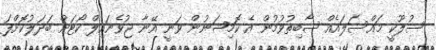
ސުލޫކީ މައްސަލައެއް ސާބިތުވުމުން އެ ކޮމިޝަނުން ވަނީ އޭނާ ޖުވެނައިލް ކޯޓަށް ބަދަލުކޮށްފަ